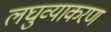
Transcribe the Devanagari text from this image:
लघुव्याकरण